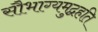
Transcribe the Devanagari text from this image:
सौभाग्यमुद्वहति